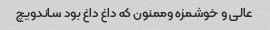
عالی و خوشمزه و‌ممنون که داغ داغ بود ساندویچ